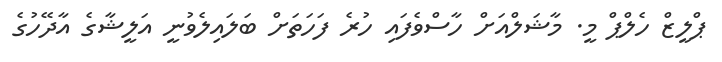
ޕްލީޒް ހެލްޕް މީ. މާޝަލްއަށް ހާސްވެފައި ހުރެ ފަހަތަށް ބަލައިލެވުނީ އަލީޝާގެ އާދޭހުގެ